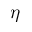
\eta